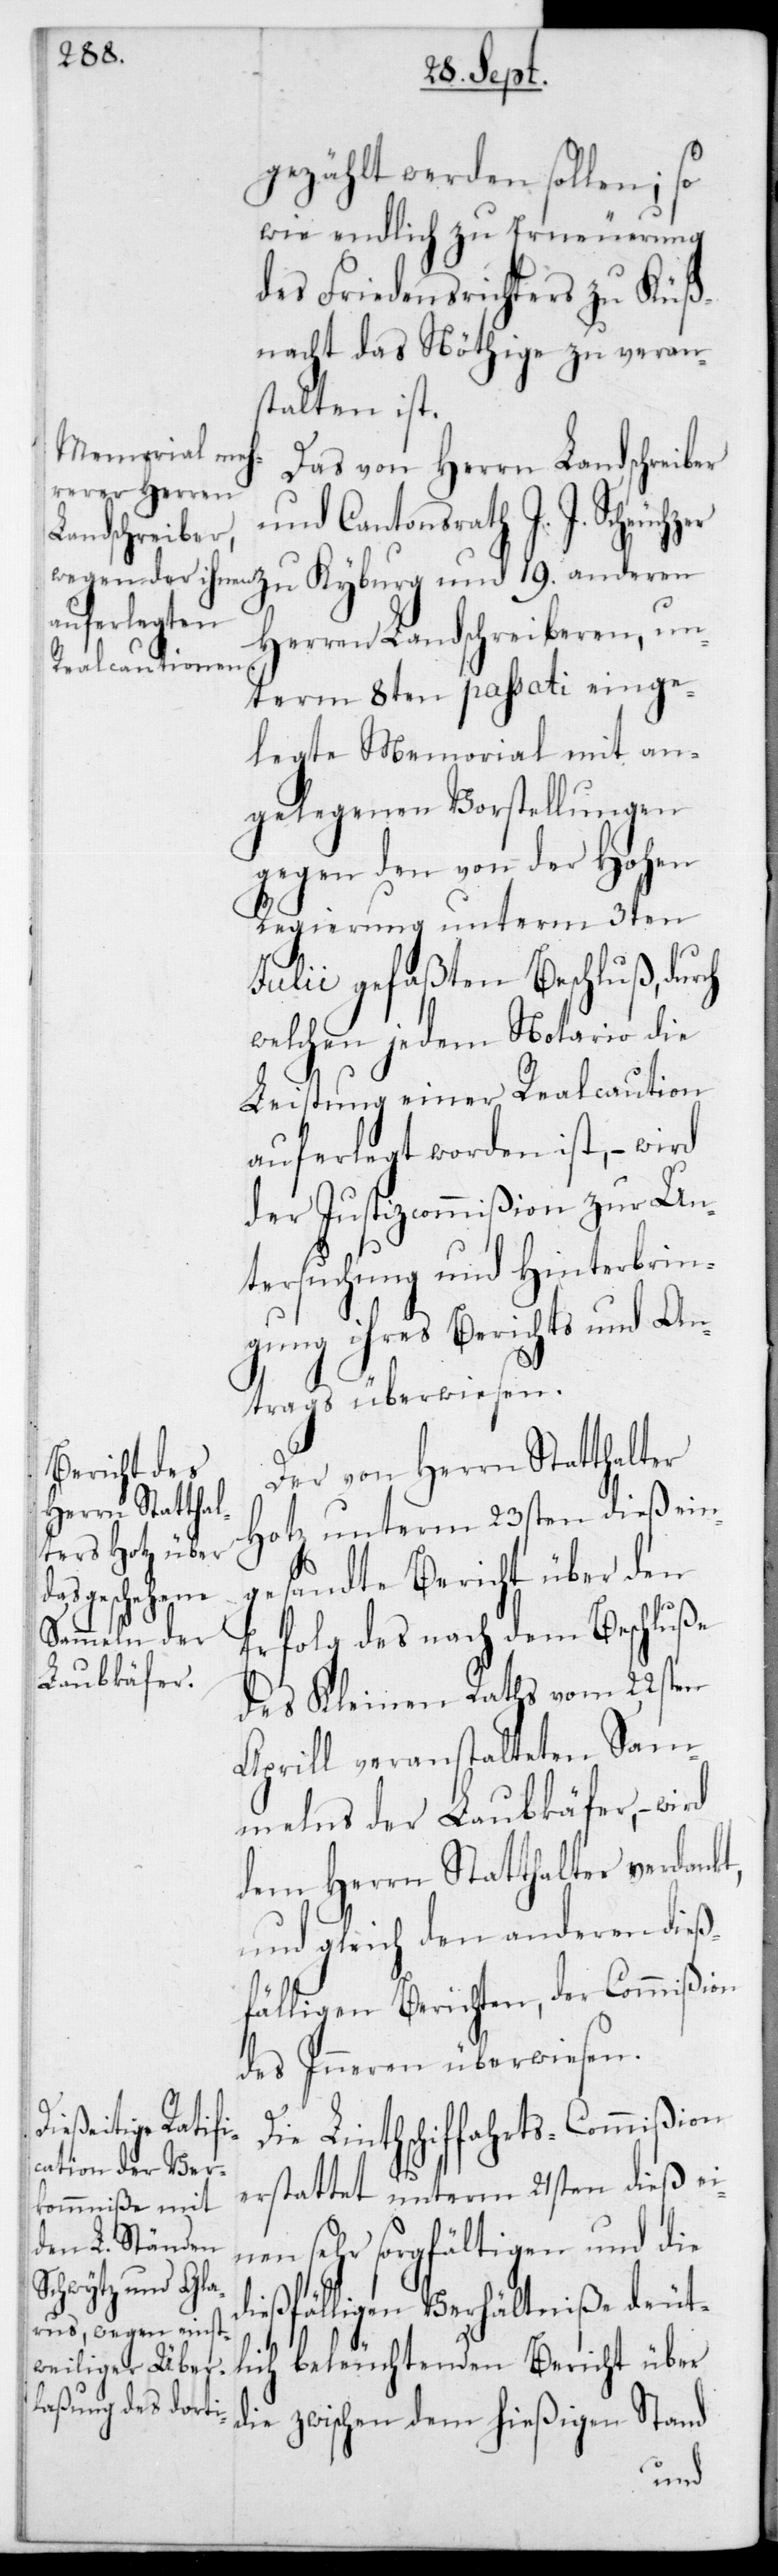
gezählt werden sollen; so
wie endlich zu Erneuerung
des Friedensrichters zu Küß¬
nacht das Nöthige zu veran¬
stalten ist.
Das von Herrn Landschreiber
und Cantonsrath J. J. Scheuch¬
Herren Landschreiberen, un¬
term 8ten passati einge¬
legte Memorial mit an¬
gelegenen Vorstellungen
gegen den von der Hohen
Regierung unterm 3ten
Julii gefaßten Beschluss,
welchen jedem Notario die
Leistung einer Realcaution
auferlegt worden ist, – wir
der Justizcommißion zur Un¬
tersuchung und Hinterbrin¬
gung ihres Berichts und An¬
trags überwiesen.
Der von Herrn Statthalter
Hotz unterm 23sten dieß ein¬
gesandte Bericht über den
Erfolg des nach dem Beschluße
des Kleinen Raths vom 22sten
Aprill veranstalteten Sam¬
melns der Laubkäfer, – wird
dem Herrn Statthalter verdank¬
und gleich den anderen dieß¬
fälligen Berichten, der Commißion
des Inneren überwiesen.
t,
Die Linthschiffahrts-Commißion
erstattet unterm 21sten dieß ei¬
nen sehr sorgfältigen und die
dießfälligen Verhältniße deut¬
lich beleuchtenden Bericht über
die zwischen dem hießigenStand
und